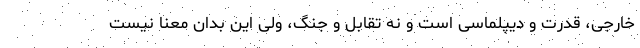
خارجی، قدرت و دیپلماسی است و نه تقابل و جنگ، ولی این بدان معنا نیست